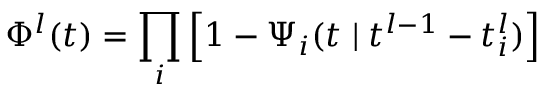
\Phi ^ { l } ( t ) = \prod _ { i } \left[ 1 - \Psi _ { i } ( t \ensuremath { \; | \; } t ^ { l - 1 } - t _ { i } ^ { l } ) \right]